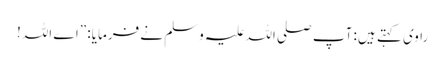
راوی کہتے ہیں: آپ صلی اللہ علیہ وسلم نے فرمایا: ”اے اللہ!